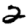
Digit: 2